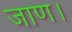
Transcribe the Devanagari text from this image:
जाण।